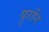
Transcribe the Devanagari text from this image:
पुरनि